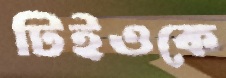
টিইওকে